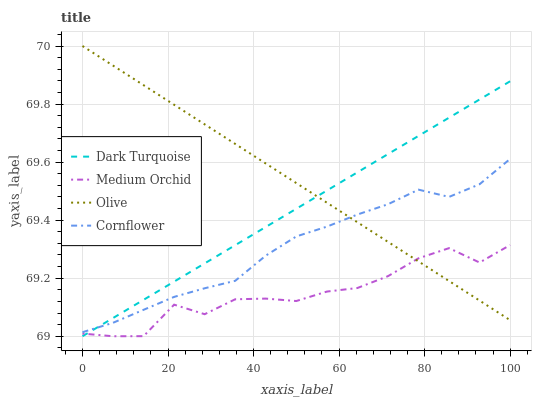
| xaxis_label | Dark Turquoise | Medium Orchid | Olive | Cornflower |
 | --- | --- | --- | --- | --- |
 | 0 | 69 | 69 | 70 | 69 |
 | 7.14 | 69.1 | 69 | 69.9 | 69 |
 | 14.3 | 69.1 | 69 | 69.9 | 69.1 |
 | 21.4 | 69.2 | 69.1 | 69.8 | 69.1 |
 | 28.6 | 69.3 | 69.1 | 69.7 | 69.2 |
 | 35.7 | 69.3 | 69.1 | 69.7 | 69.2 |
 | 42.9 | 69.4 | 69.1 | 69.6 | 69.3 |
 | 50 | 69.4 | 69.1 | 69.5 | 69.3 |
 | 57.1 | 69.5 | 69.2 | 69.5 | 69.4 |
 | 64.3 | 69.6 | 69.2 | 69.4 | 69.4 |
 | 71.4 | 69.6 | 69.2 | 69.3 | 69.5 |
 | 78.6 | 69.7 | 69.3 | 69.3 | 69.5 |
 | 85.7 | 69.8 | 69.3 | 69.2 | 69.5 |
 | 92.9 | 69.8 | 69.3 | 69.1 | 69.5 |
 | 100 | 69.9 | 69.3 | 69.1 | 69.6 |